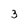
Character: 3